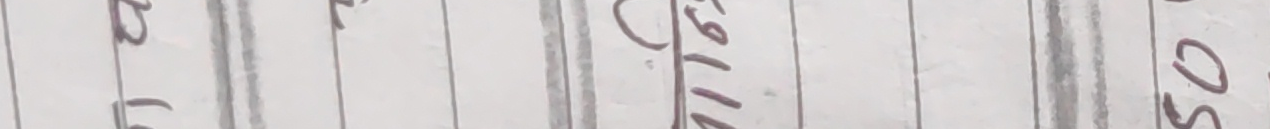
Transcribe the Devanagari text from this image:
11/16 सो